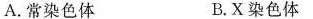
A.常染色体 B.X染色体